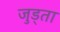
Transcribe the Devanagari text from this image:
जुड्ता